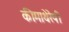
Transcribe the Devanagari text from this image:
कीमाथेरेपी